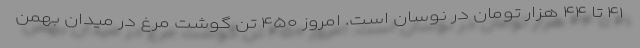
۴۱ تا ۴۴ هزار تومان در نوسان است. امروز ۴۵۰ تن گوشت مرغ در میدان بهمن